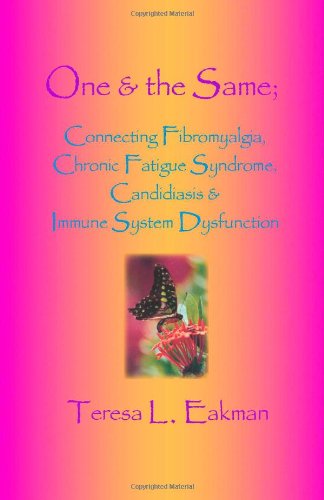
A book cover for One & the Same: Connecting Fibromyalgia, Chronic Fatigue Syndrome, Candidiasis & Immune System Dysfunction; Teresa L. Eakman; Health, Fitness & Dieting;